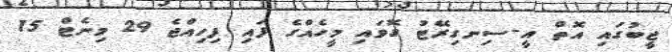
ޖީބުގައި އޮތް އީ-ސިނގިރޭޓު ގޮވައި މީހެއްގެ ފައި ފިހިއްޖެ 29 މިނެޓް 15